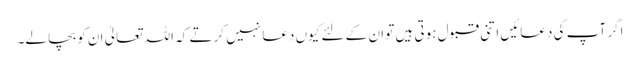
اگر آپ کی دعائیں اتنی قبول ہوتی ہیں تو ان کے لئے کیوں دعا نہیں کرتے کہ اللہ تعالیٰ ان کو بچا لے۔